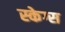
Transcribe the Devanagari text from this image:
स्केग्स